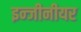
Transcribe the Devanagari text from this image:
इन्जीनीयर